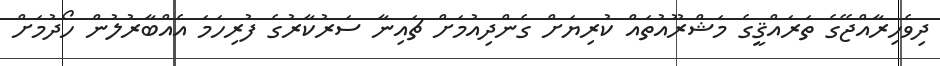
ދިވެހިރާއްޖޭގެ ތަރައްޤީގެ މަޝްރޫއުތައް ކުރިޔަށް ގެންދިއުމަށް ޗައިނާ ސަރުކާރުގެ ފުރިހަމަ އެއްބާރުލުން ހޯދުމަށް